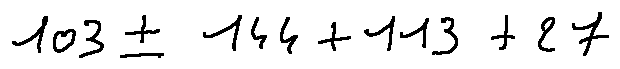
1 0 3 \pm 1 4 4 + 1 1 3 + 2 7